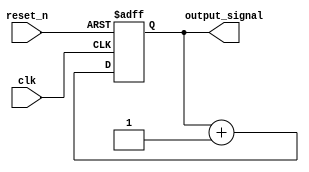
module async_reset_example (
    input wire clk,          // Clock signal
    input wire reset_n,     // Active-low asynchronous reset signal
    output reg output_signal // Primary output signal
);

// Define the reset value
parameter RESET_VALUE = 0;

// Always block to monitor reset and clock
always @(posedge clk or negedge reset_n) begin
    if (!reset_n) begin
        // Asynchronous reset, set output_signal to reset value
        output_signal <= RESET_VALUE;
    end else begin
        // Normal operation on clock edge (here we just increment output_signal)
        output_signal <= output_signal + 1;
    end
end

endmodule